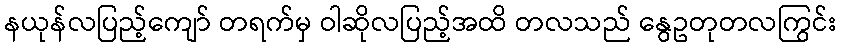
နယုန်လပြည့်ကျော် တရက်မှ ဝါဆိုလပြည့်အထိ တလသည် နွေဥတုတလကြွင်း